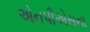
એનપીએસના